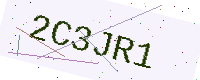
Text: 2C3JR1